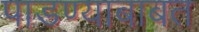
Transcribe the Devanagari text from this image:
पाडण्याबाबत